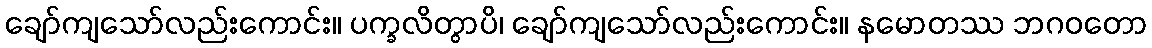
ချော်ကျသော်လည်းကောင်း။ ပက္ခလိတွာပိ၊ ချော်ကျသော်လည်းကောင်း။ နမောတဿ ဘဂဝတော